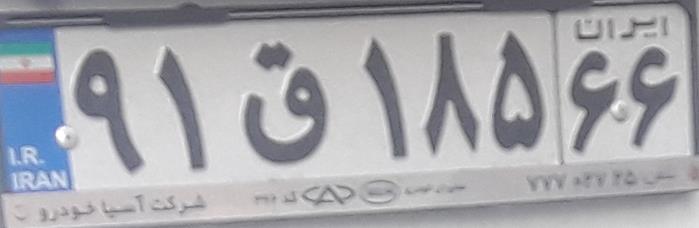
۹۱ق۱۸۵۶۶